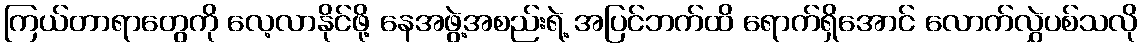
ကြယ်တာရာတွေကို လေ့လာနိုင်ဖို့ နေအဖွဲ့အစည်းရဲ့ အပြင်ဘက်ထိ ရောက်ရှိအောင် လောက်လွှဲပစ်သလို